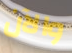
والآن